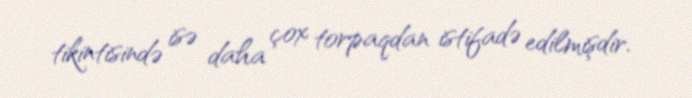
tikintisində isə daha çox torpaqdan istifadə edilmişdir.